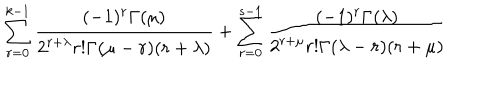
\sum _ { r = 0 } ^ { k - 1 } \frac { ( - 1 ) ^ { r } \Gamma ( \mu ) } { 2 ^ { r + \lambda } r ! \Gamma ( \mu - r ) ( r + \lambda ) } + \sum _ { r = 0 } ^ { s - 1 } \frac { ( - 1 ) ^ { r } \Gamma ( \lambda ) } { 2 ^ { r + \mu } r ! \Gamma ( \lambda - r ) ( r + \mu ) }